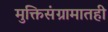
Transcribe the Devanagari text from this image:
मुक्तिसंग्रामातही